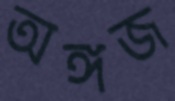
অঙ্গজ